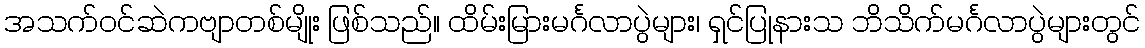
အသက်ဝင်ဆဲကဗျာတစ်မျိုး ဖြစ်သည်။ ထိမ်းမြားမင်္ဂလာပွဲများ၊ ရှင်ပြုနားသ ဘိသိက်မင်္ဂလာပွဲများတွင်